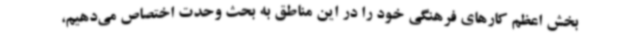
بخش اعظم کارهای فرهنگی خود را در این مناطق به بحث وحدت اختصاص می‌دهیم،